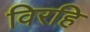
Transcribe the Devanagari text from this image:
विरहि